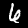
Label: 6